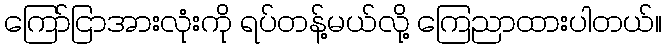
ကြော်ငြာအားလုံးကို ရပ်တန့်မယ်လို့ ကြေညာထားပါတယ်။